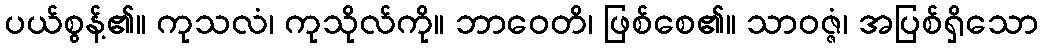
ပယ်စွန့်၏။ ကုသလံ၊ ကုသိုလ်ကို။ ဘာဝေတိ၊ ဖြစ်စေ၏။ သာဝဇ္ဇံ၊ အပြစ်ရှိသော